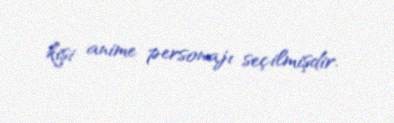
kişi anime personajı seçilmişdir.